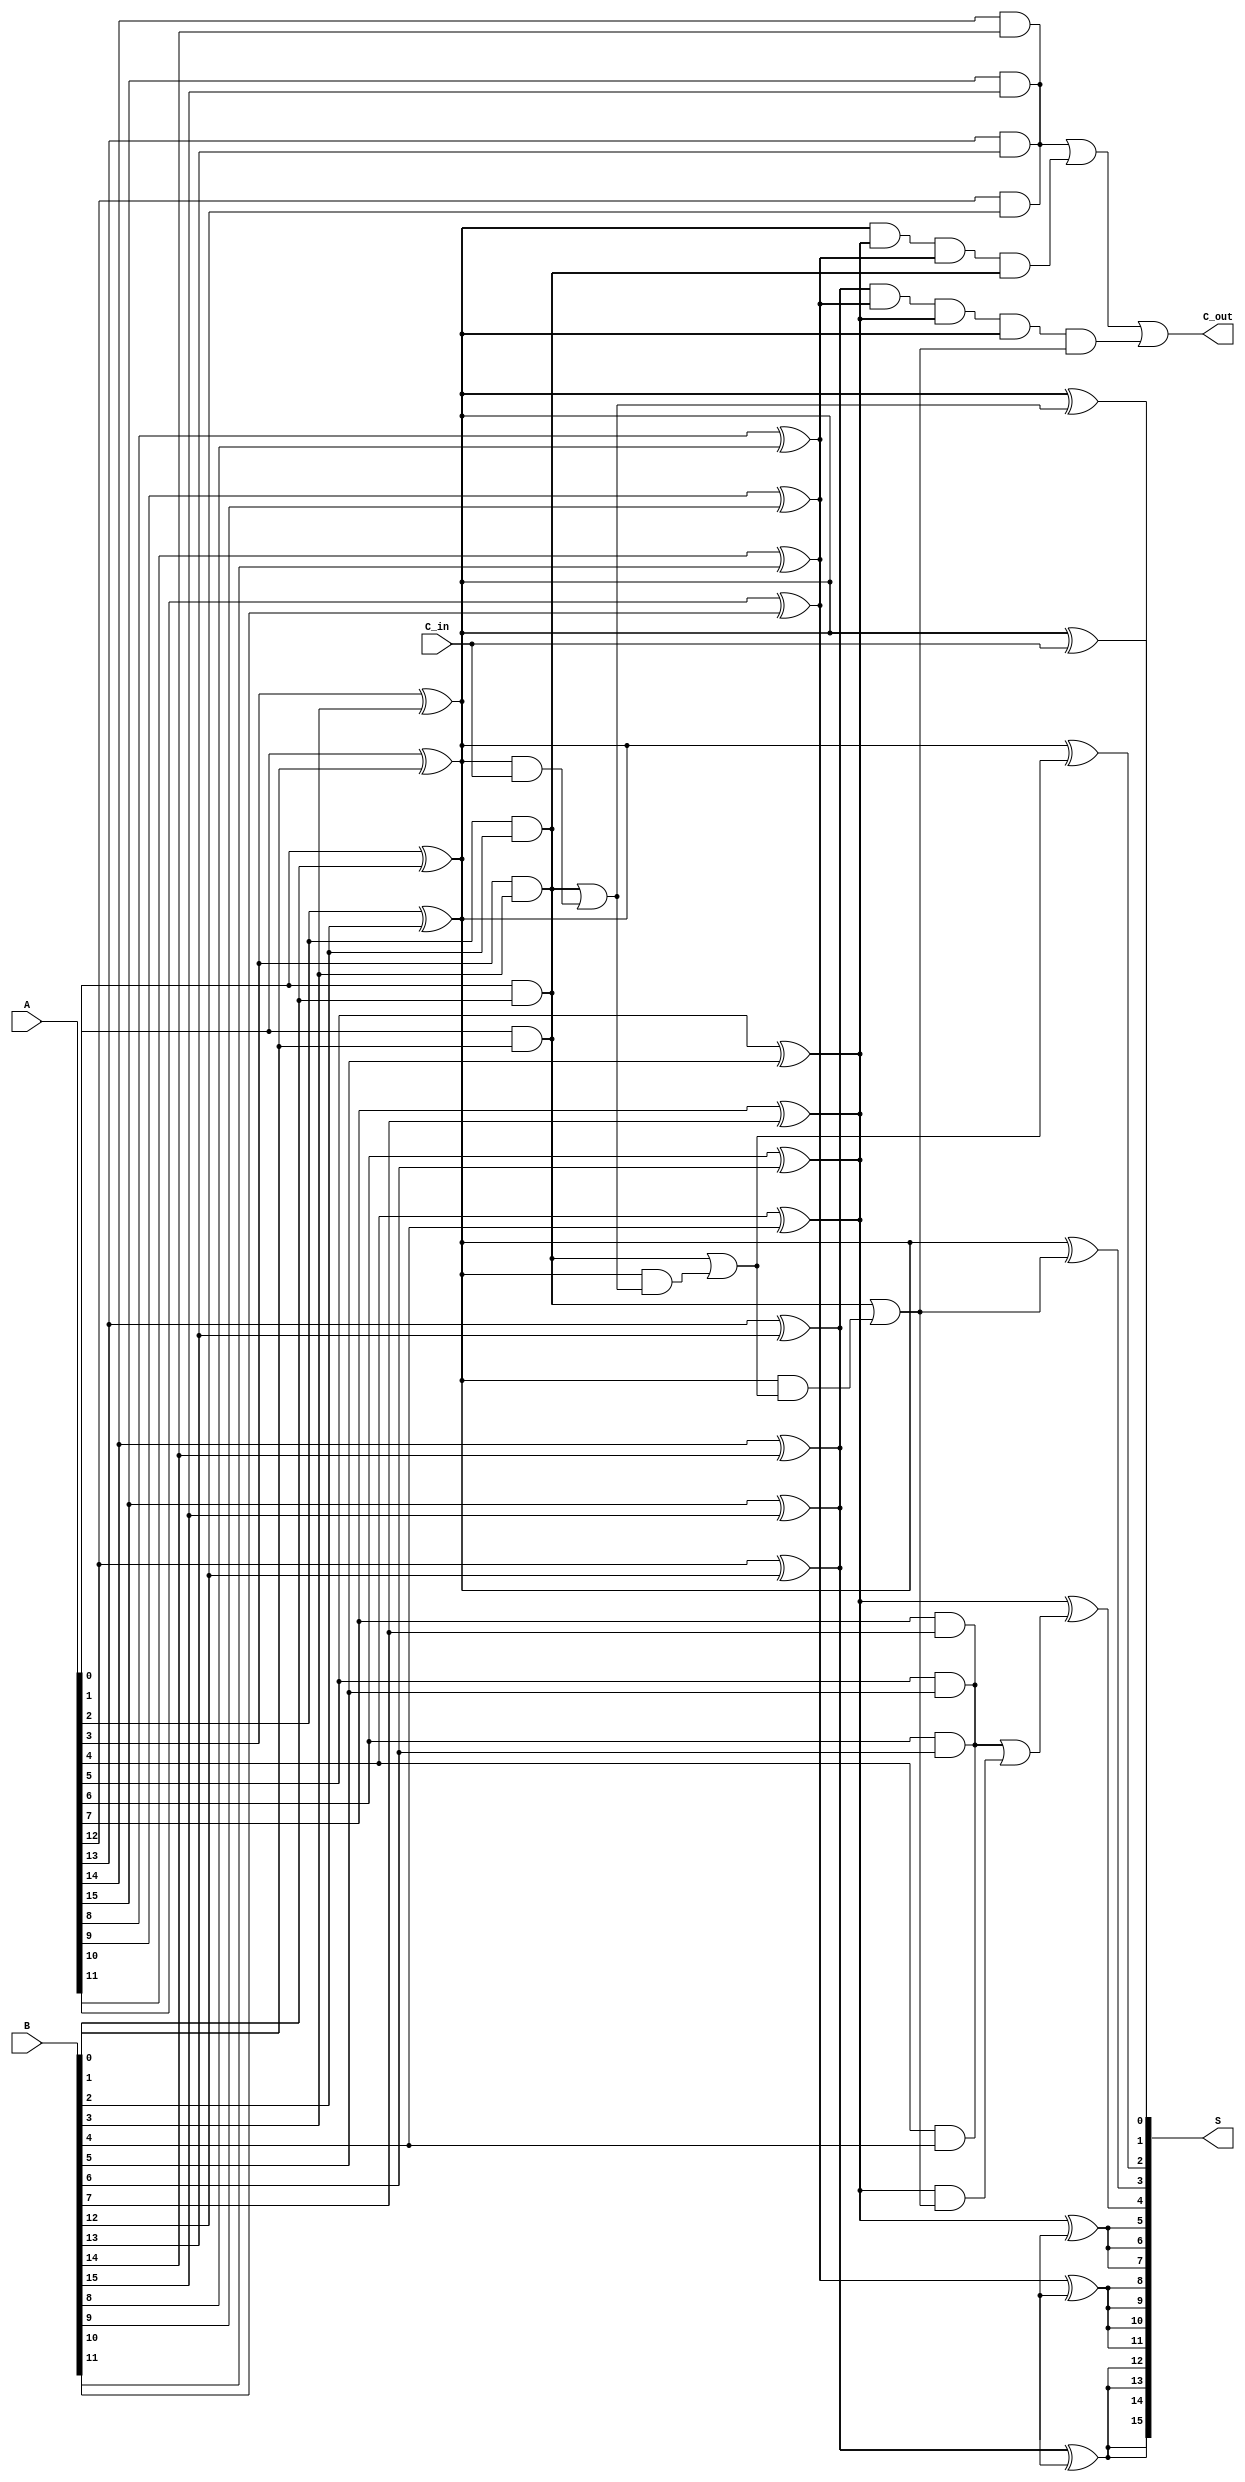
module hierarchical_carry_lookahead_adder (
    input [15:0] A,        // 16-bit input A
    input [15:0] B,        // 16-bit input B
    input C_in,            // Carry-in
    output [15:0] S,       // 16-bit sum output
    output C_out           // Carry-out
);

    // Internal signals for carry generate and propagate
    wire [3:0] G;          // Generate signals for each group
    wire [3:0] P;          // Propagate signals for each group
    wire [4:0] C;          // Carry signals between groups

    // Generate and propagate for each bit
    genvar i;
    generate
        for (i = 0; i < 16; i = i + 1) begin : full_adder
            wire g = A[i] & B[i];          // Generate
            wire p = A[i] ^ B[i];          // Propagate
            assign G[i/4] = g;              // Group Generate
            assign P[i/4] = p;              // Group Propagate
            if (i == 0) begin
                assign C[i] = C_in;         // Carry-in for the first bit
            end else begin
                assign C[i] = G[i/4] | (P[i/4] & C[i-1]); // Carry for each bit
            end
            assign S[i] = p ^ C[i];          // Sum calculation
        end
    endgenerate

    // Group carry lookahead logic
    wire [3:0] G_group;   // Group carry generate
    wire [3:0] P_group;   // Group carry propagate

    // Calculate group generate and propagate
    assign G_group[0] = G[0];
    assign G_group[1] = G[1] | (P[0] & G[0]);
    assign G_group[2] = G[2] | (P[0] & P[1] & G[0]);
    assign G_group[3] = G[3] | (P[0] & P[1] & P[2] & G[0]);

    assign P_group[0] = P[0];
    assign P_group[1] = P[1] & P[0];
    assign P_group[2] = P[2] & P[1] & P[0];
    assign P_group[3] = P[3] & P[2] & P[1] & P[0];

    // Final carry-out
    assign C_out = G_group[3] | (P_group[3] & C[3]);

endmodule